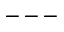
- - -